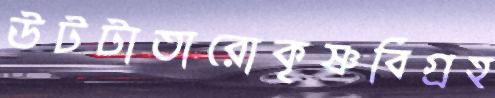
উটটাতারোকৃষ্ণবিগ্রহ